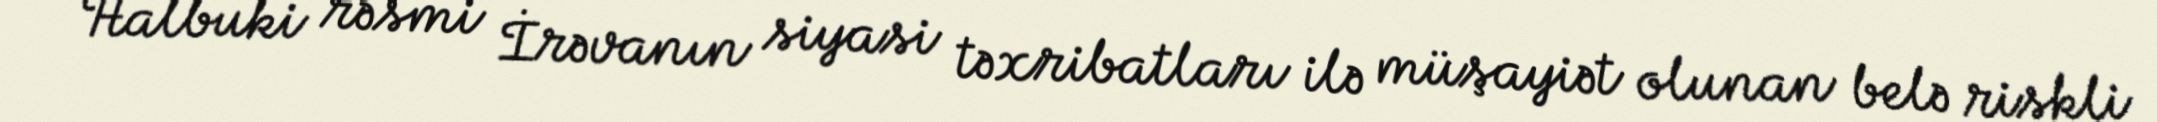
Halbuki rəsmi İrəvanın siyasi təxribatları ilə müşayiət olunan belə riskli